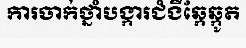
ការចាក់ថ្នាំបង្ការជំងឺឆ្កែឆ្កូត